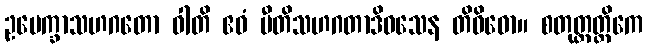
ဥပေက္ခာသဟဂတော ဝါတိ ဧဝံ ပီတိသဟဂတာဒိဝသေန တိဝိဓော။ စတုတ္ထတ္တိကေ